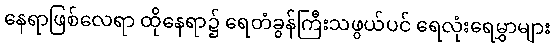
နေရာဖြစ်လေရာ ထိုနေရာ၌ ရေတံခွန်ကြီးသဖွယ်ပင် ရေလုံးရေမွှာများ